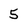
Character: 5